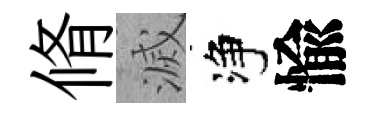
脩滅净愉